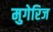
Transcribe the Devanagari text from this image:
मुगेरिज